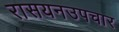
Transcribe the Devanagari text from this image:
रासयनउपचार